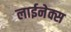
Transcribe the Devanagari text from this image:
लाईनेक्स